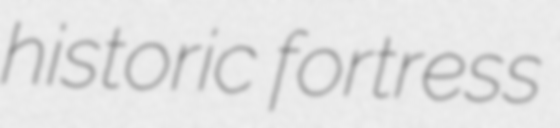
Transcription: historic fortress